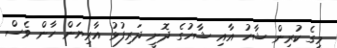
މީގެ ކުރިން ޝާހު އާއި ޝާހުގެ ދޮށީ ދަރިފުޅު އާރިޔަން ހާން ވެސް